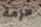
حزمة